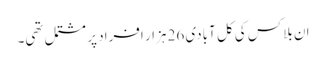
ان بلاکس کی کل آبادی 26 ہزار افراد پر مشتمل تھی۔